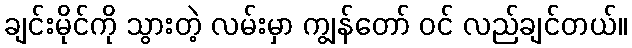
ချင်းမိုင်ကို သွားတဲ့ လမ်းမှာ ကျွန်တော် ဝင် လည်ချင်တယ်။